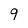
Character: q